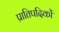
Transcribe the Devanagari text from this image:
प्रातिपदिकों